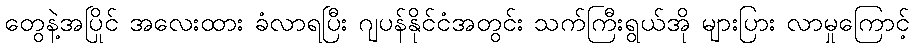
တွေနဲ့အပြိုင် အလေးထား ခံလာရပြီး ဂျပန်နိုင်ငံအတွင်း သက်ကြီးရွယ်အို များပြား လာမှုကြောင့်